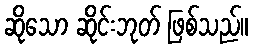
ဆိုသော ဆိုင်းဘုတ် ဖြစ်သည်။